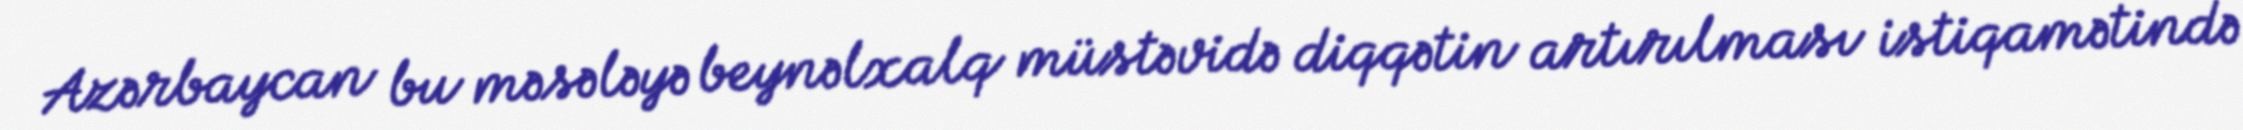
Azərbaycan bu məsələyə beynəlxalq müstəvidə diqqətin artırılması istiqamətində